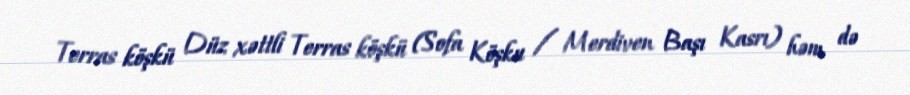
Terras köşkü Düz xəttli Terras köşkü (Sofa Köşku / Merdiven Başı Kasrı) həm də